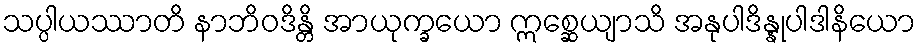
သပ္ပါယဿာတိ နာဘိဝဒိန္တိ အာယုက္ခယော ဣစ္ဆေယျာသိ အနုပါဒိန္နုပါဒါနိယော